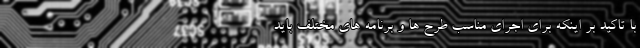
با تاکید بر اینکه برای اجرای مناسب طرح ها و برنامه های مختلف باید